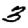
Digit: 3